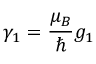
\gamma _ { 1 } = \frac { \mu _ { B } } { \hbar } g _ { 1 }